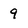
Character: 9